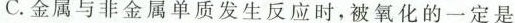
C.金属与非金属单质发生反应时，被氧化的一定是